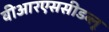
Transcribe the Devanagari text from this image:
वीआरएससीडब्लू